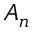
A _ { n }